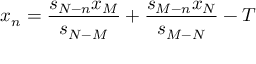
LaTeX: x _ { n } = \frac { s _ { N - n } x _ { M } } { s _ { N - M } } + \frac { s _ { M - n } x _ { N } } { s _ { M - N } } - T